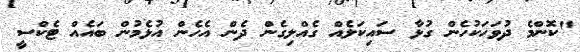
"ކޮންމެ ދުވަހަކުހެން ގުޅާ ސައިކަލެއް ގެއްލިގެން ދެން އެހެން އުޅެމުން ބައެއް ޓެކްސީ